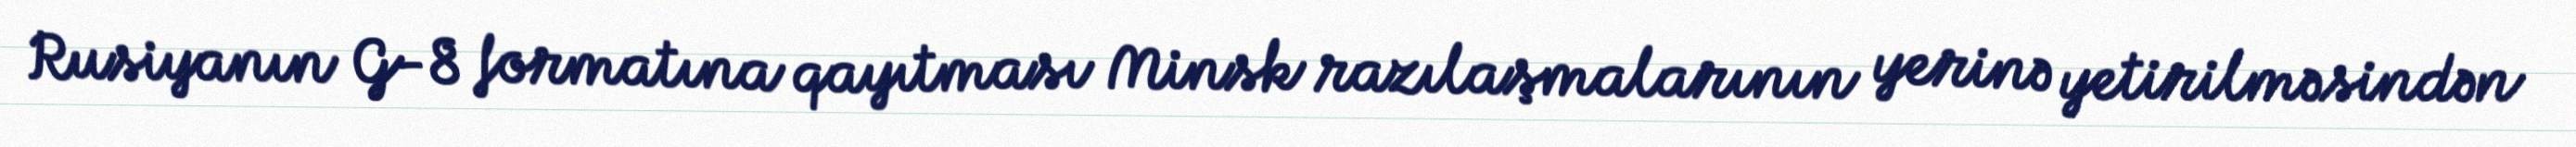
Rusiyanın G-8 formatına qayıtması Minsk razılaşmalarının yerinə yetirilməsindən